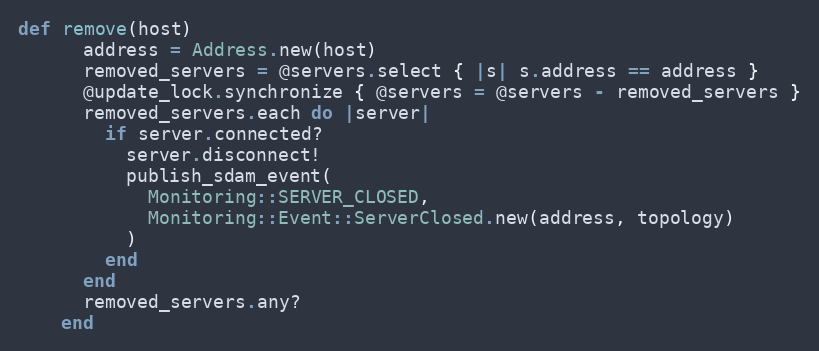
Language: Ruby
def remove(host)
      address = Address.new(host)
      removed_servers = @servers.select { |s| s.address == address }
      @update_lock.synchronize { @servers = @servers - removed_servers }
      removed_servers.each do |server|
        if server.connected?
          server.disconnect!
          publish_sdam_event(
            Monitoring::SERVER_CLOSED,
            Monitoring::Event::ServerClosed.new(address, topology)
          )
        end
      end
      removed_servers.any?
    end